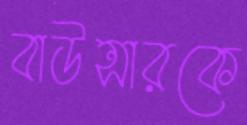
বাউন্সারকে